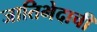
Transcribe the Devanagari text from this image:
जातिभेदाची